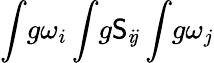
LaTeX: \int\! g\omega_{i}\int\! g\mathsf{S}_{i\! j}\int\! g\omega_{j}